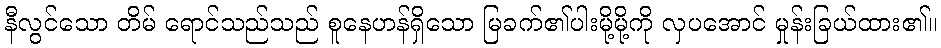
နီလွင်သော တိမ် ရောင်သည်သည် စူနေဟန်ရှိသော မြခက်၏ပါးမို့မို့ကို လှပအောင် မှုန်းခြယ်ထား၏။